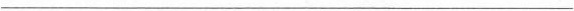
___